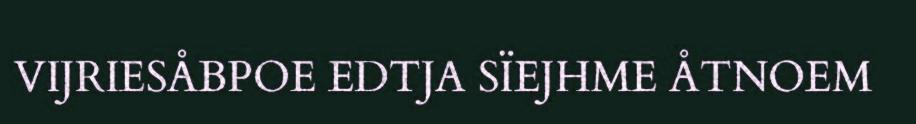
VIJRIESÅBPOE EDTJA SÏEJHME ÅTNOEM